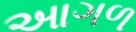
આગળ